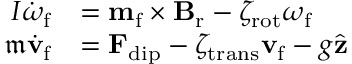
\begin{array} { r l } { I \dot { \boldsymbol { \omega } } _ { \mathrm { f } } } & { = \mathbf { m } _ { \mathrm { f } } \times \mathbf { B } _ { \mathrm { r } } - \zeta _ { \mathrm { r o t } } \boldsymbol { \omega } _ { \mathrm { f } } } \\ { \mathfrak { m } \dot { \mathbf { v } } _ { \mathrm { f } } } & { = \mathbf { F } _ { \mathrm { d i p } } - \zeta _ { \mathrm { t r a n s } } \mathbf { v } _ { \mathrm { f } } - g \hat { \mathbf { z } } } \end{array}